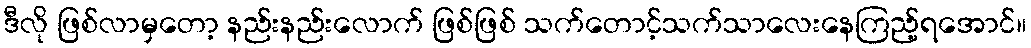
ဒီလို ဖြစ်လာမှတော့ နည်းနည်းလောက် ဖြစ်ဖြစ် သက်တောင့်သက်သာလေးနေကြည့်ရအောင်။